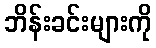
ဘိန်းခင်းများကို